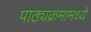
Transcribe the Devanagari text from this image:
पाठ्यक्रमामध्ये